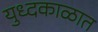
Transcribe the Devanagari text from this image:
युध्दकाळात